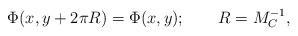
LaTeX: \begin{align*}\Phi (x,y+2\pi R)=\Phi (x,y); \qquad R=M_C^{-1},\end{align*}